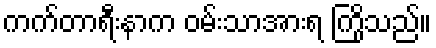
ကက်တာရီးနာက ဝမ်းသာအားရ ကြိုသည်။